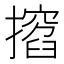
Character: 𢶺